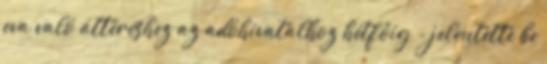
eva való áttéréshez az adóhivatalhoz hétfőig - jelentette be